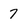
Character: 7